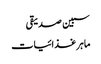
سبین صدیقی
ماہر غذائیات